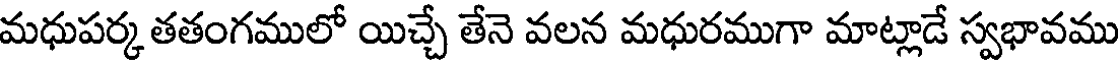
మధుపర్క తతంగములో యిచ్చే తేనె వలన మధురముగా మాట్లాడే స్వభావము